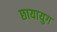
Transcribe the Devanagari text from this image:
छायायुग